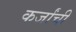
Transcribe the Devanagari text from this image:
कर्जांची